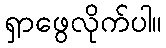
ရှာဖွေလိုက်ပါ။